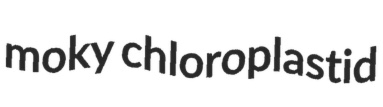
moky chloroplastid